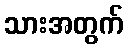
သားအတွက်